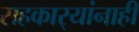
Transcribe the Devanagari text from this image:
सहकार्‍यांनाही